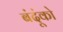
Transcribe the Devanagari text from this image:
बंदूंको